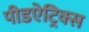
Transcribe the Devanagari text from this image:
पीडऐट्रिक्स